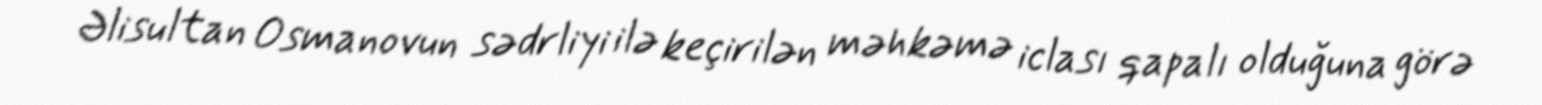
Əlisultan Osmanovun sədrliyi ilə keçirilən məhkəmə iclası qapalı olduğuna görə